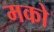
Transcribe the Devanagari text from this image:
मको